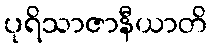
ပုရိသာဇာနီယာတိ